Report of the veterinary officer investigating camel disease
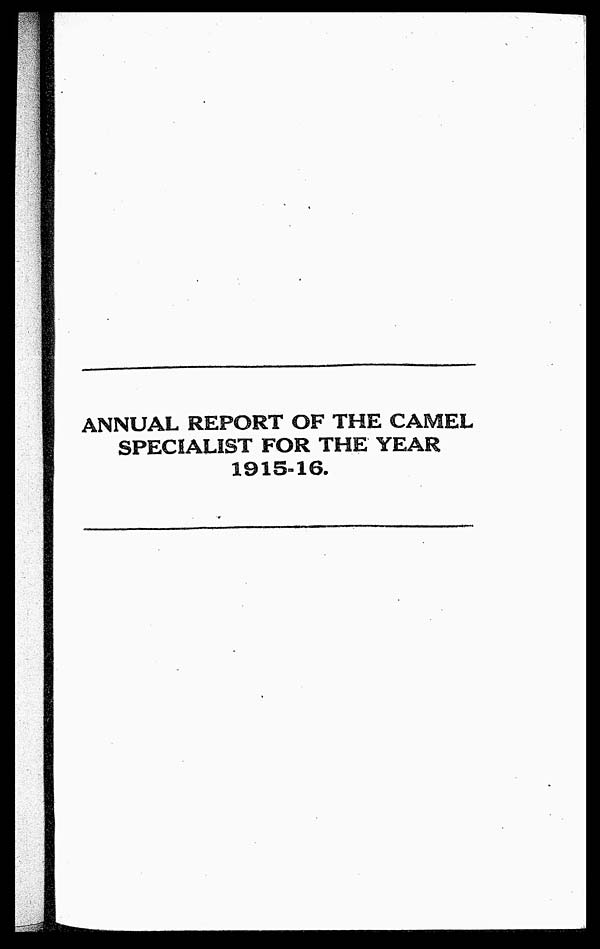
ANNUAL REPORT OF THE CAMEL
SPECIALIST FOR THE YEAR
1915-16.